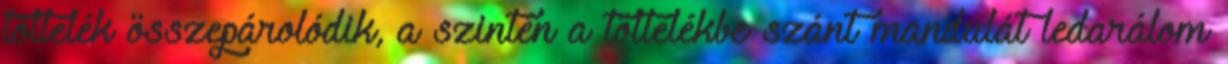
töltelék összepárolódik, a szintén a töltelékbe szánt mandulát ledarálom